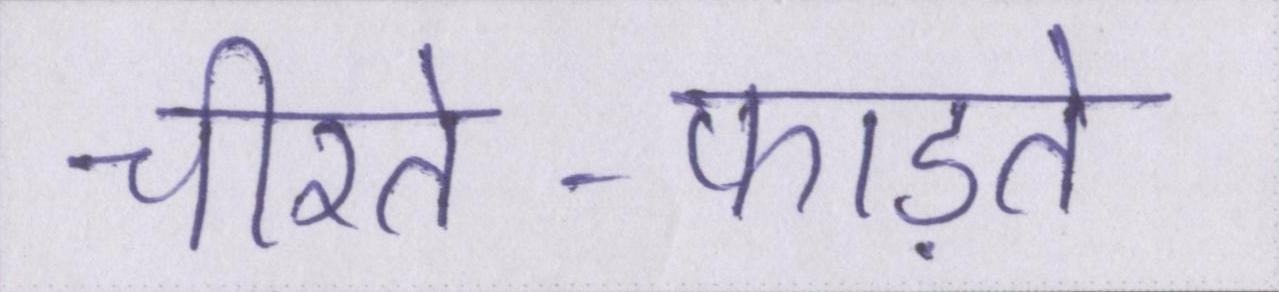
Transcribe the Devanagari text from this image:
चीरते-फाड़ते